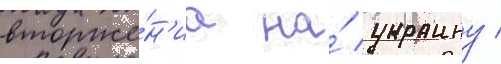
вторже́н'иа на́ украину /